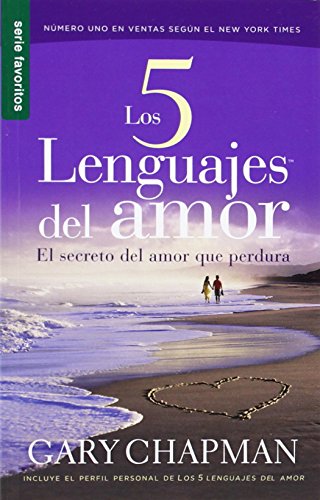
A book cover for Los 5 Lenguajes del Amor: El Secreto del Amor Que Perdura (Favoritos) (Spanish Edition); Gary Chapman; Self-Help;